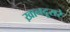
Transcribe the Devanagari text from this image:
ख़ानदूसरे